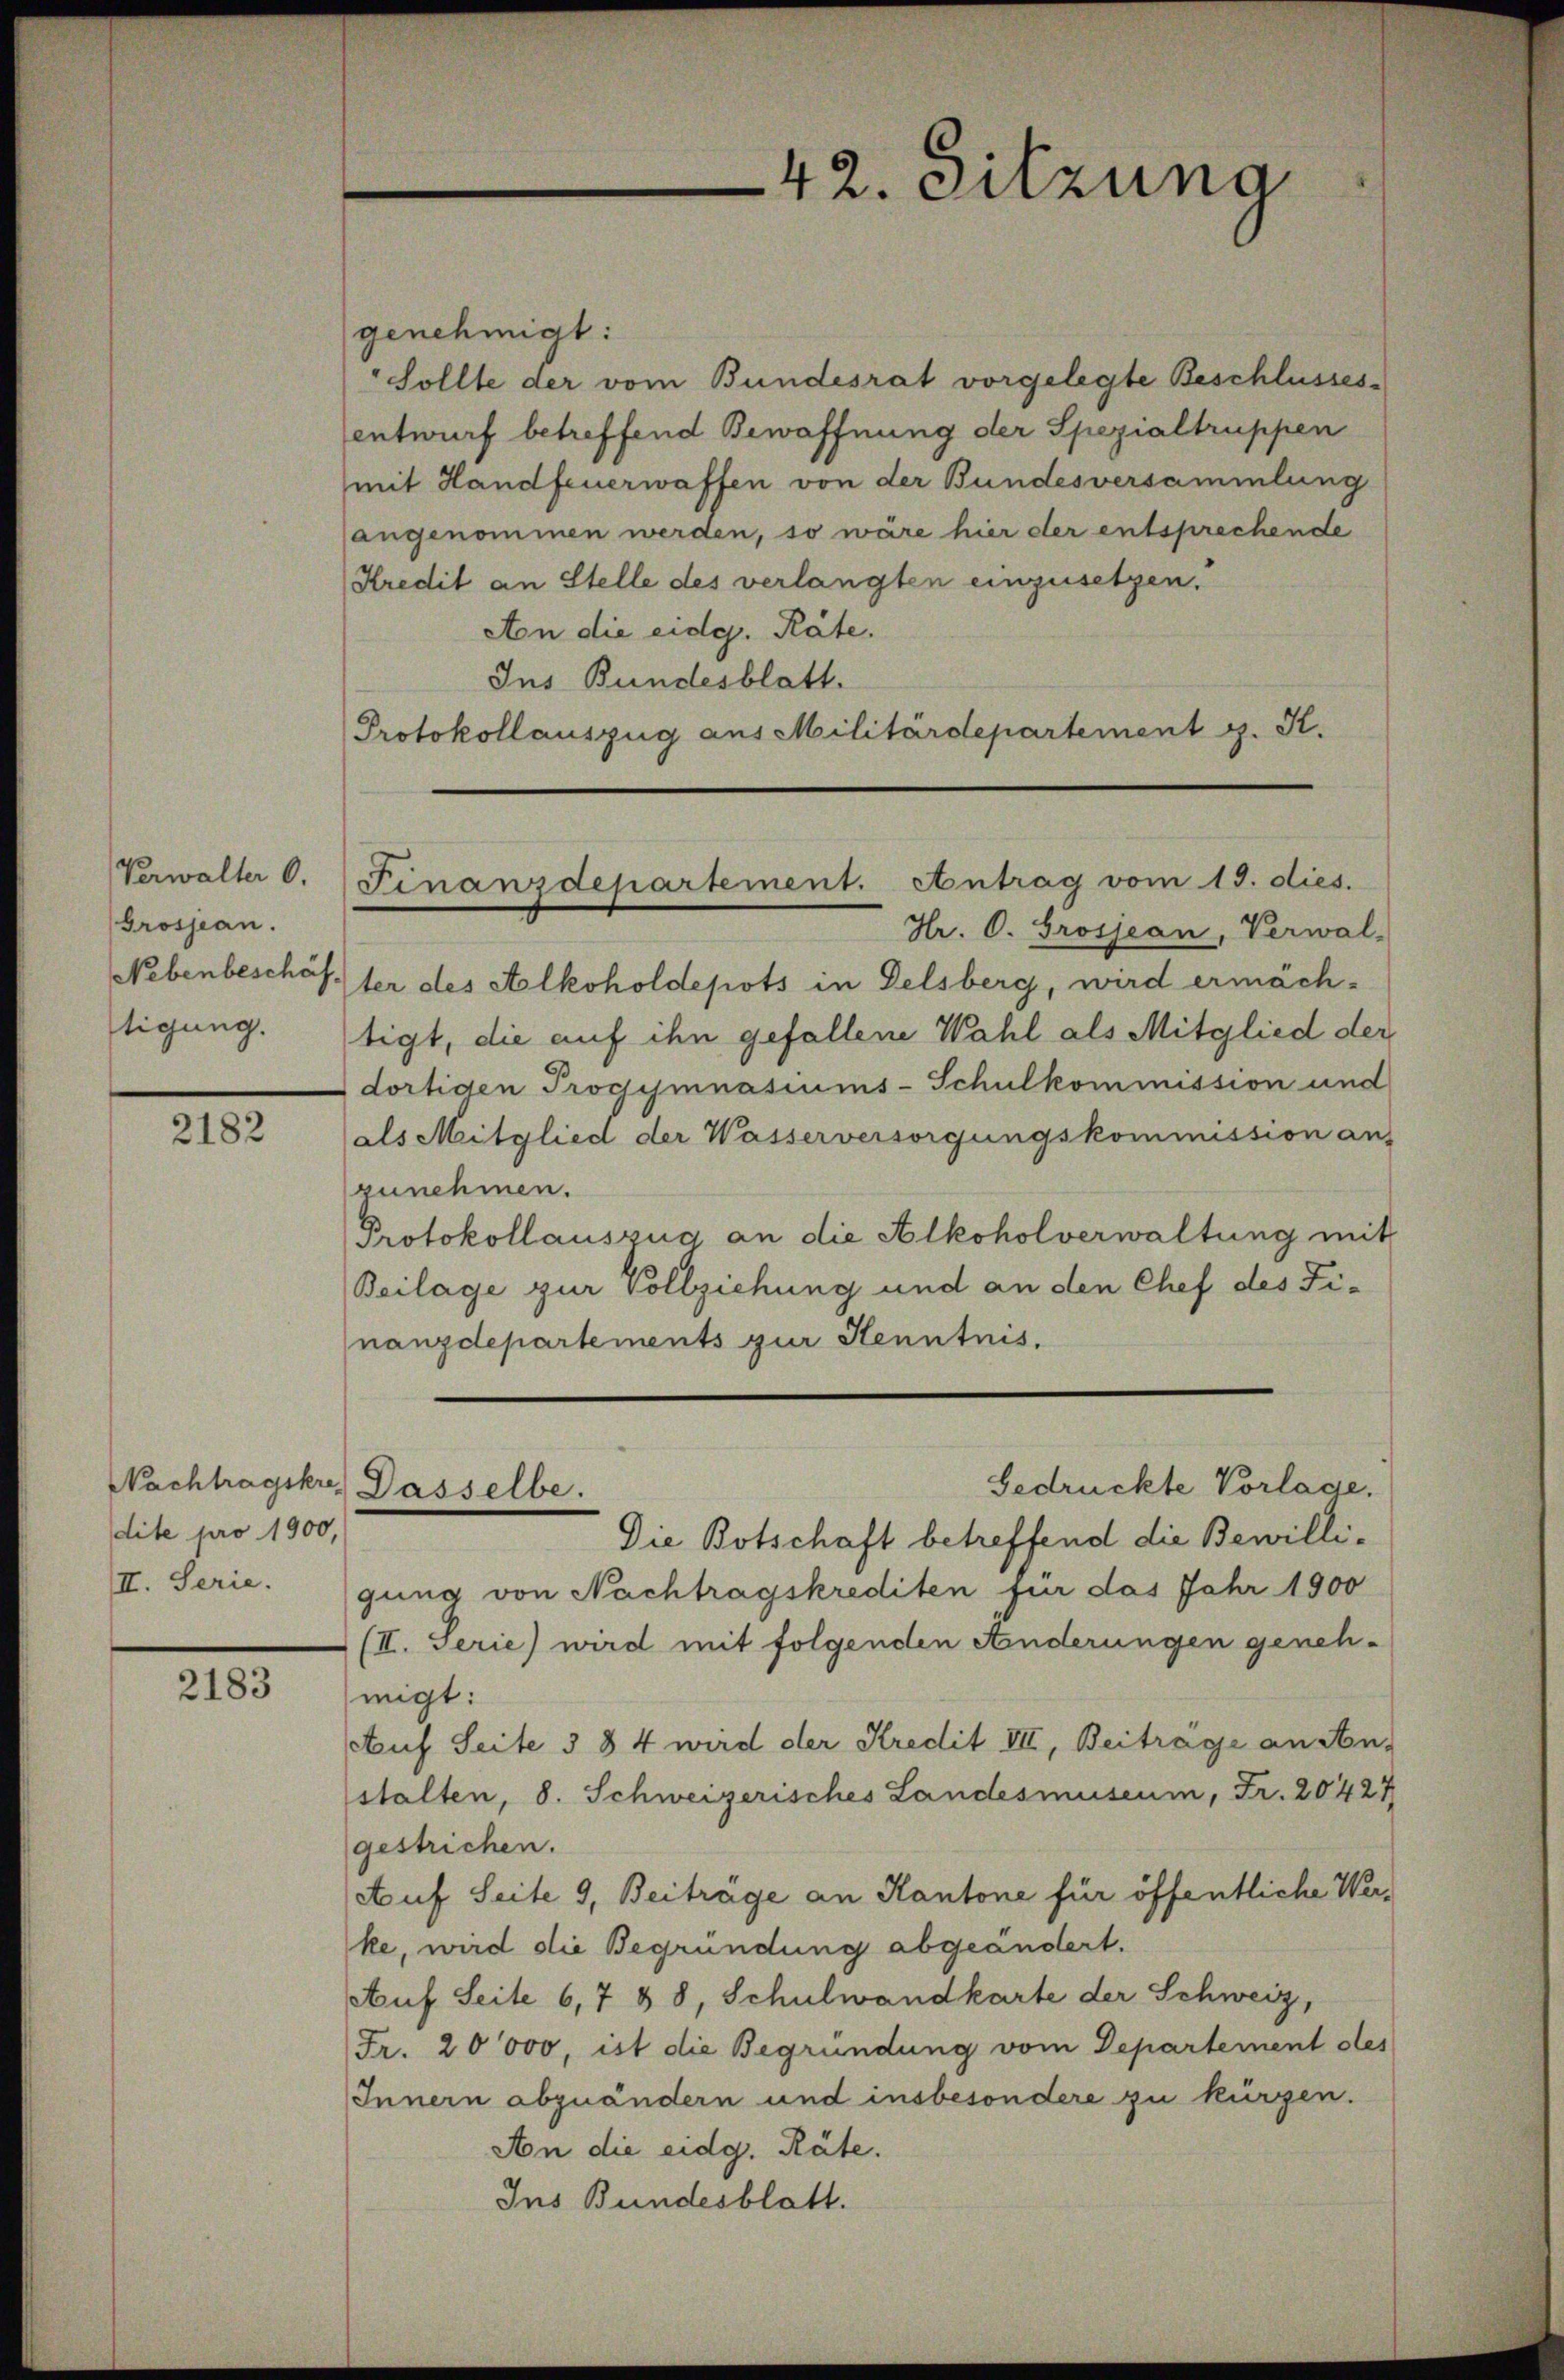
Verwalter 0.
Grosjean.
Nebenbeschäf
tigung.

2182

Nachtragskre
dite pro 1900,
II. Serie.

2183

genehmigt:
Sollte der vom Bundesrat vorgelegte Beschlusses-
entwurf betreffend Bewaffnung der Spezialtruppen
mit Handfeuerwaffen von der Bundesversammlung
angenommen werden, so wäre hier der entsprechende
Kredit an Stelle des verlangten einzusetzen.
Aon die eidg. Räte.
Ins Bundesblatt.
Protokollauszug aus Militärdepartement g. K.

ter des Alkoholdepots in Delsberg, wird ermäch-
tigt, die auf ihn gefallene Wahl als Mitglied der
dortigen Progymnasiums-Schulkommission und
als Mitglied der Wasserversorgungskommission ans
zunehmen.
Protokollauszug an die Alkoholverwaltung mit
Beilage zur Vollziehung und an den Chef des Finanzdepartements zur Kenntnis.
Gedrückte Vorlage.
Die Botschaft betreffend die Bewilligung von Nachtragskrediten für das Jahr 1900
(II. Serie) wird mit folgenden Anderungen genehwigt:
Auf Seite 3 § 4 wird der Kredit VII, Beitrage an An-
stalten, 8. Schweizerisches Landesmuseum, Fr. 20427
gestrichen.
Auf Seite 9, Beiträge an Kantone für öffentliche Werke, wird die Begründung abgeändert.
Auf Seite 6,7 & 8, Schulwandkarte der Schweiz,
Fr. 20000, ist die Begründung vom Departement des
Innern abzuändern und insbesondere zu kürzen.
An die eidg. Räte.
Ins Bundesblatt.

42. Sitzung

Finanzdepartement. Antrag vom 19. dies.
Hr. O. Grosjean, Verwal-

Dasselbe.